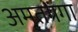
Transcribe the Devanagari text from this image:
अमृतगंगा